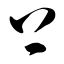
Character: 上